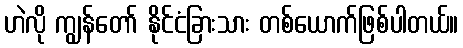
ဟဲလို ကျွန်တော် နိုင်ငံခြားသား တစ်ယောက်ဖြစ်ပါတယ်။